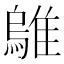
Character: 𫕜